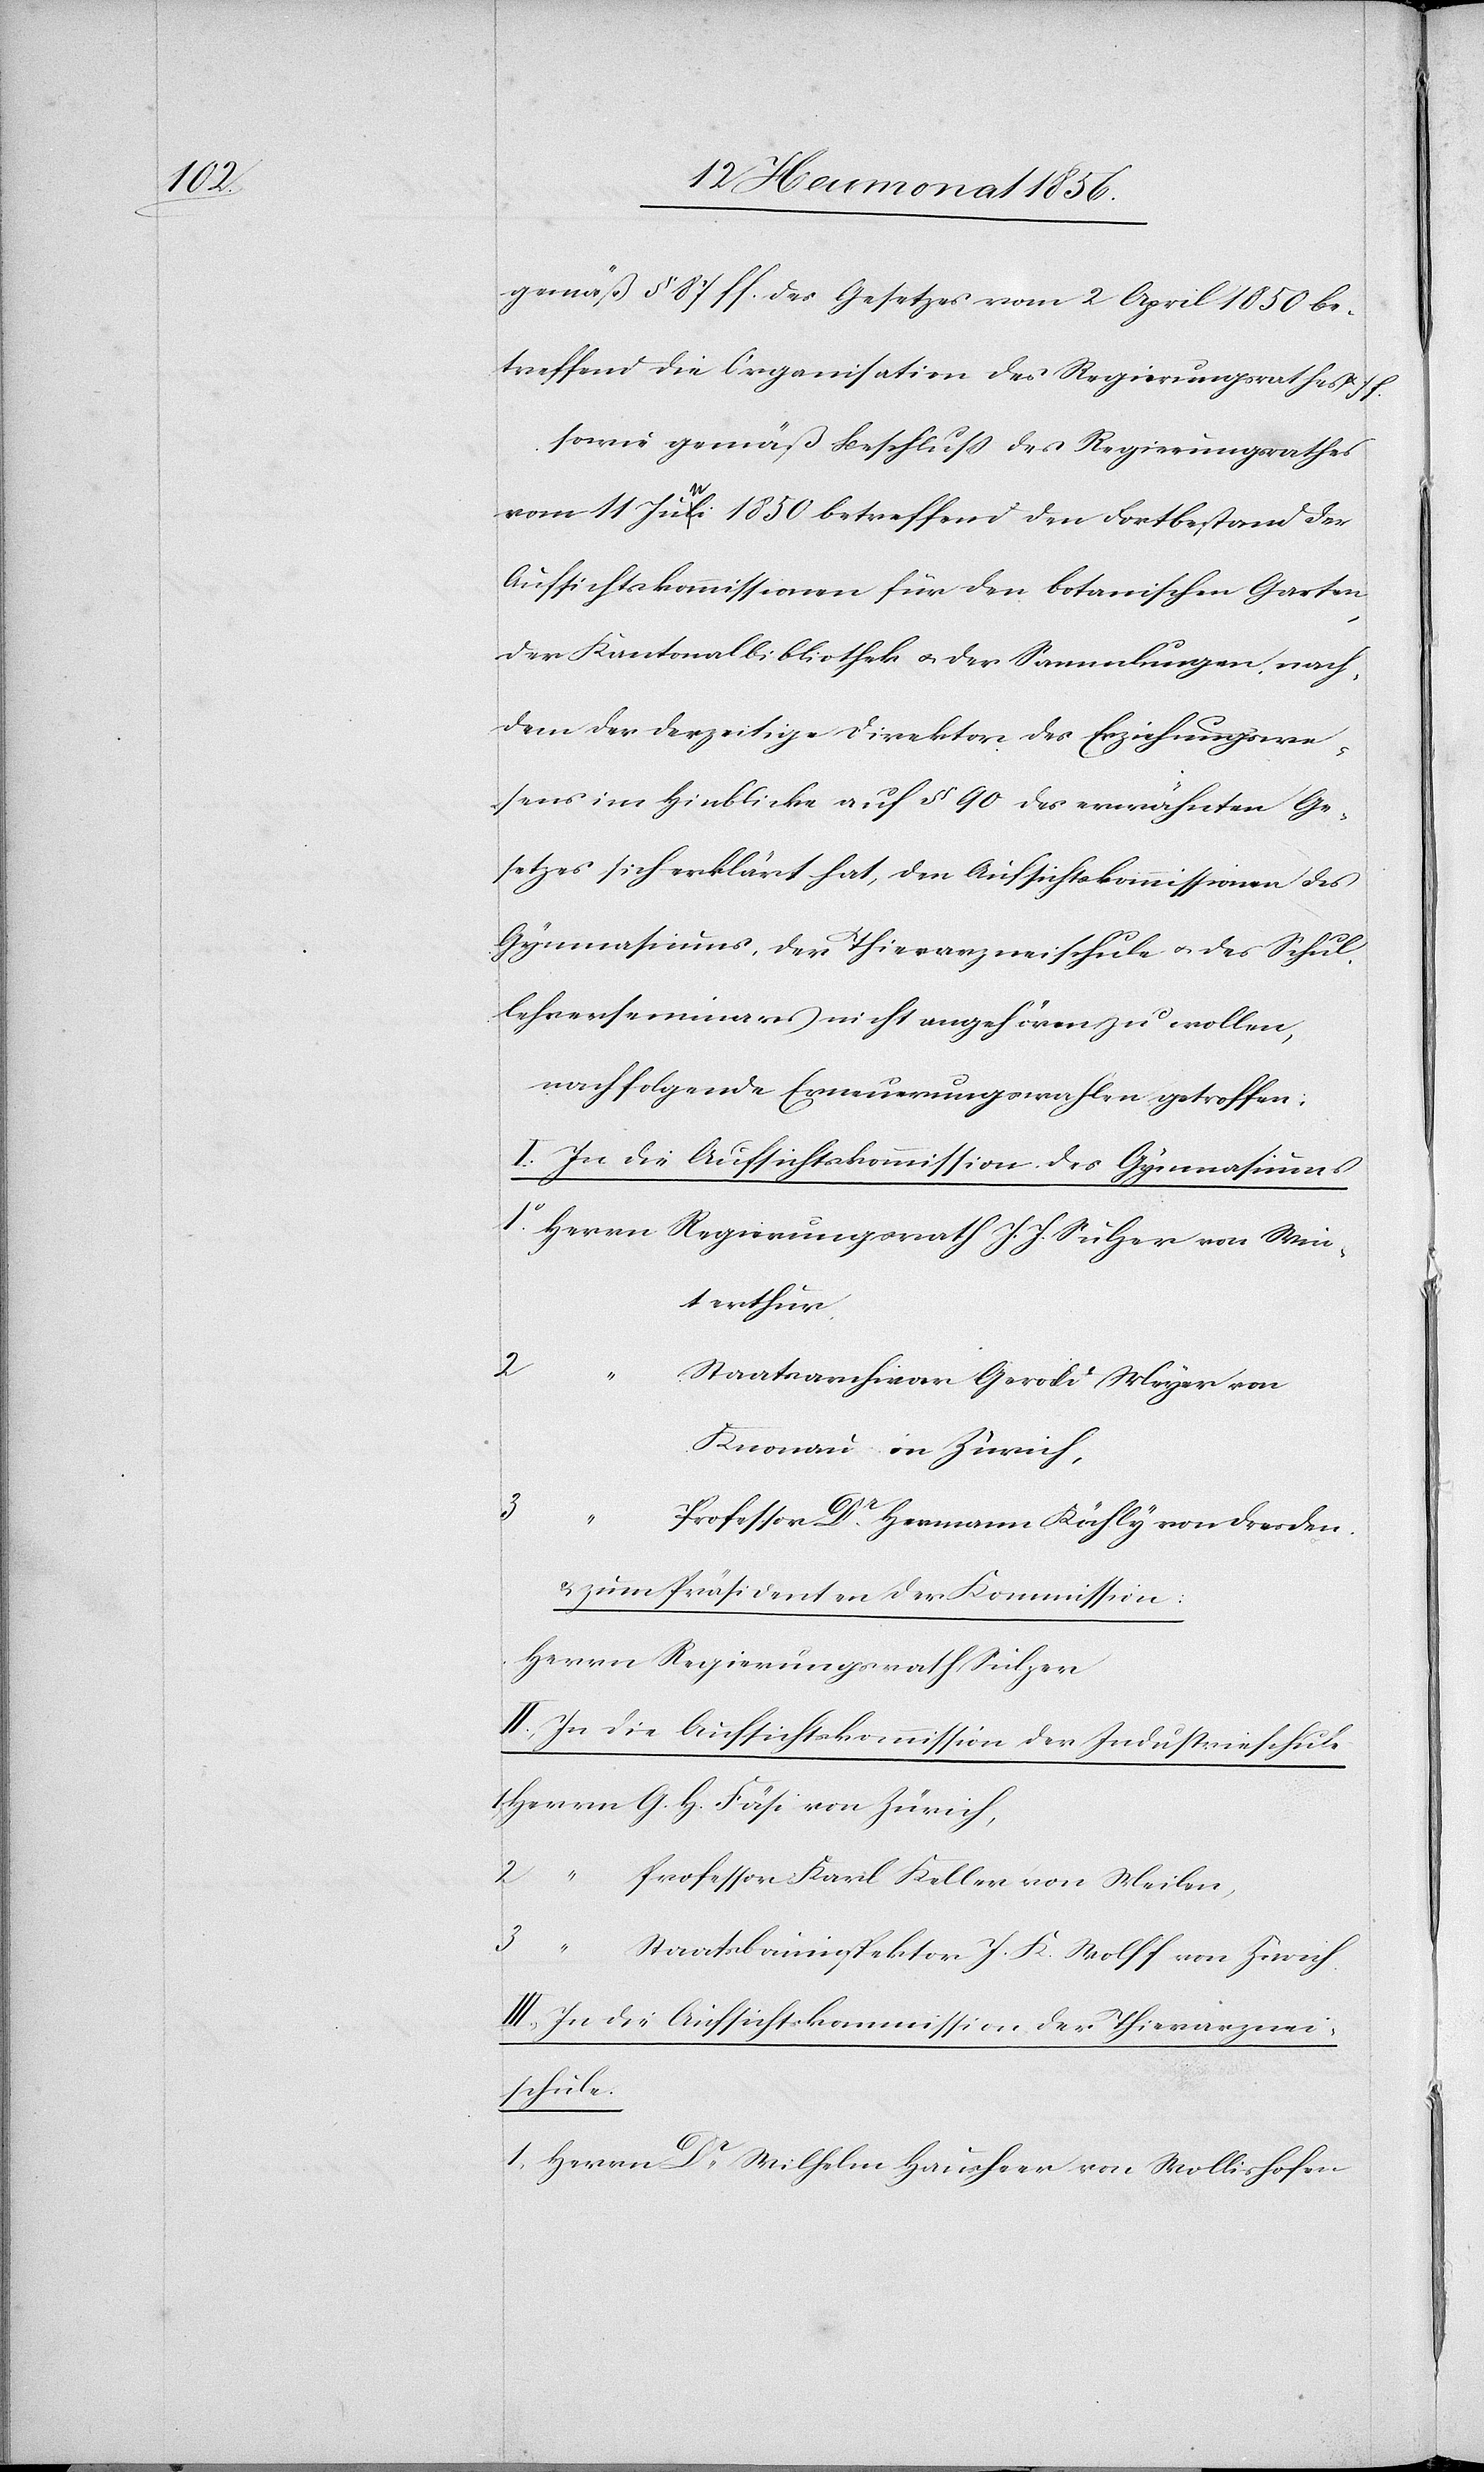
gemäß § 87 ff. des Gesetzes vom 2 April 1850 be¬
treffend die Organisation des Regierungsrathes u
sowie gemäß Beschluss des Regierungsrathes
vom 11 a-Juli Juni-a 1850 betreffend den Fortbestand der
Aufsichtskommissionen für den botanischen Garten,
der Kantonalbibliothek u. der Sammlungen, nach¬
dem der derzeitige Direktor des Erziehungswe¬
sens im Hinblick auf § 90 des erwähnten Ge¬
setzes sich erklärt hat, den Aufsichtskommissionen des
Gymnasiums, der Thierarzneischule u. des Schul¬
lehrerseminars nicht angehören zu wollen,
nachfolgende Erneuerungswahlen getroffen:
I. In die Aufsichtskommission des Gymnasiums
1 Herrn Regierungsrath J. J. Sulzer von Win¬
terthur.
taatsarchivar Gerold Meyer von
Knonau in Zürich,
3	“	S¬
rofessor Dr Hermann Köchly von Dresden.
& zum Präsidenten der Kommission:
Herrn Regierungsrath Sulzer
II. In die Aufsichtskommission der Industrieschule
Herrn G. H. Fäsi von Zürich,
rofessor Karl Keller von Meilen,
taatsbauinspektor J. K. Wolff von Zürich.
III. In die Aufsichtskommission der Thierarznei¬
schule.
1. Herrn Dr Wilhelm Hausheer von Wollishofen